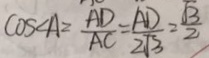
\cos \angle A = \frac { A D } { A C } = \frac { A D } { 2 \sqrt { 3 } } = \frac { \sqrt { 3 } } { 2 }